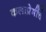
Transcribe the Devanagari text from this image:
कलाप्रेमींचे